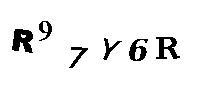
R97Y6R